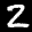
Label: 2